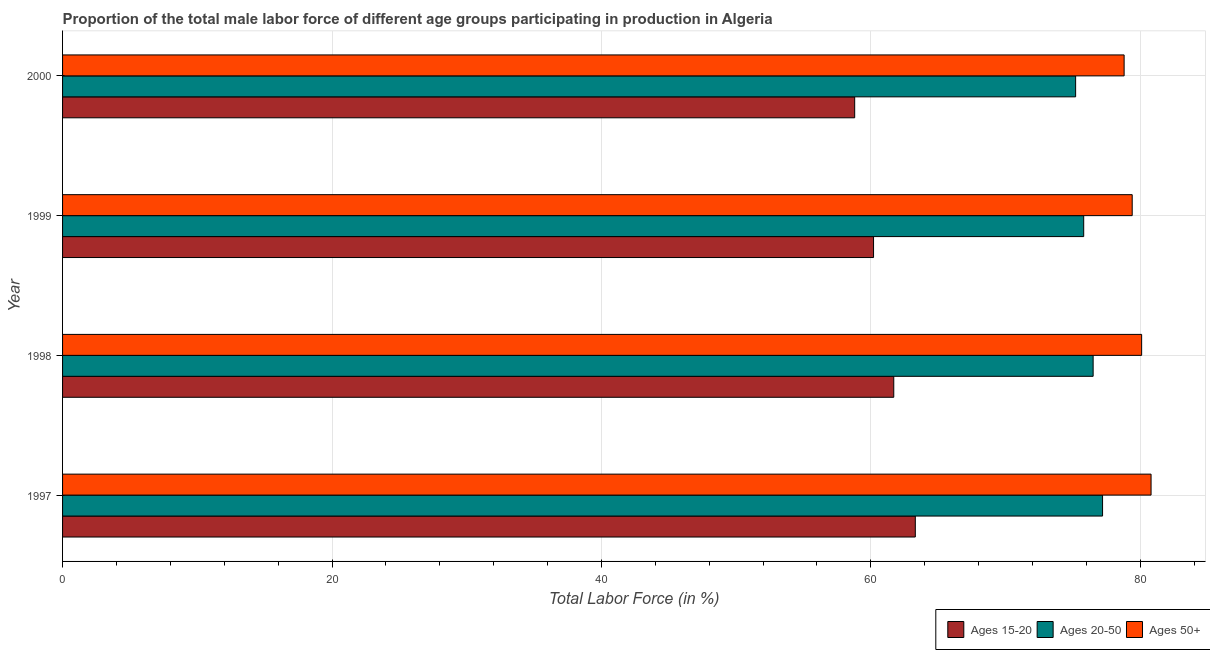
| Year | Ages 15-20 | Ages 20-50 | Ages 50+ |
 | --- | --- | --- | --- |
 | 1997 | 63.3 | 77.2 | 80.8 |
 | 1998 | 61.7 | 76.5 | 80.1 |
 | 1999 | 60.2 | 75.8 | 79.4 |
 | 2000 | 58.8 | 75.2 | 78.8 |